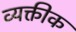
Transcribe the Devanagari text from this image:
व्यक्तीक